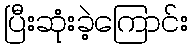
ပြီးဆုံးခဲ့ကြောင်း